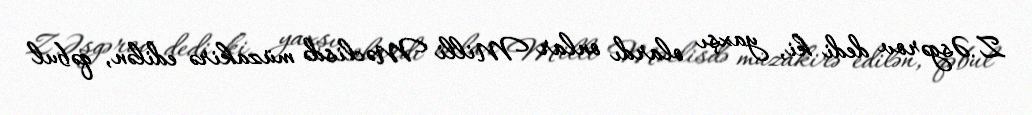
Z.Əsgərov dedi ki, yaxşı olardı onlar Milli Məclisdə müzakirə edilən, qəbul